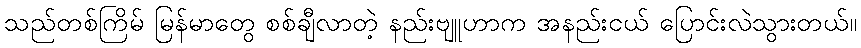
သည်တစ်ကြိမ် မြန်မာတွေ စစ်ချီလာတဲ့ နည်းဗျူဟာက အနည်းငယ် ပြောင်းလဲသွားတယ်။